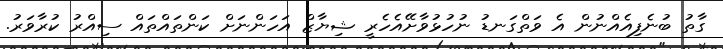
ގާތު ބުނެފިއެއްނުން އެ ވަތްގަނޑު ނުހުޅުވާށޭއެހެރީ ޝިޔާޒް އަހަންނަށް ކަންތައްތައް ސިއްރު ކުރާވަރު.